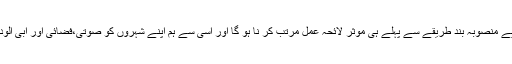
لہذا ہمیں شہر کاری سے پہلے وہاں کی آب وہوا کو آلودگی سے پاک رکھنے کے لیے منصوبہ بند طریقے سے پہلے ہی مؤثر لائحہ عمل مرتب کر نا ہو گا اور اسی سے ہم اپنے شہروں کو صوتی،فضائی اور آبی آلودگی سے پاک رکھ کر ہی صحت مند معاشرہ تشکیل دینے میں کامیاب ہوسکتے ہیں۔